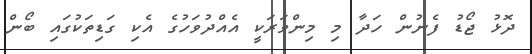
ދޮޅު ޖޯޑު ފެނުން ހަދާ މި މިންވަރަކީ އެއްދުވަހުގެ އެކި ގަޑިތަކުގައި ބޯން